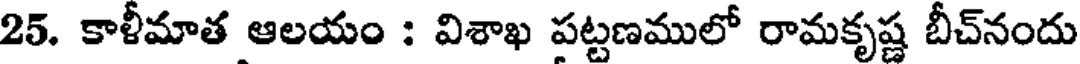
25. కాళీమాత ఆలయం : విశాఖ పట్టణములో రామకృష్ణ బీచ్నందు